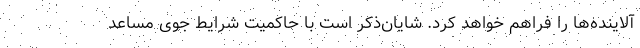
آلاینده‌ها را فراهم خواهد کرد. شایان‌ذکر است با حاکمیت شرایط جوی مساعد